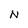
Character: N